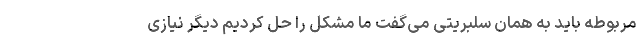
مربوطه باید به همان سلبریتی می‌گفت ما مشکل را حل کردیم دیگر نیازی